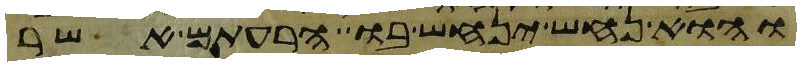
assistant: והוא נחש ינחש בו הרעתם אשר